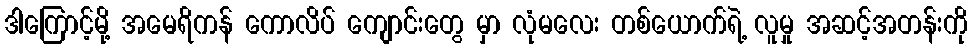
ဒါကြောင့်မို့ အမေရိကန် ကောလိပ် ကျောင်းတွေ မှာ လုံမလေး တစ်ယောက်ရဲ့ လူမှု အဆင့်အတန်းကို